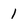
Character: 1